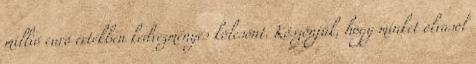
millió euró értékben kedvezményes kölcsönt. Köszönjük, hogy minket olvasol